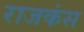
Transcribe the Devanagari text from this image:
राजकंस